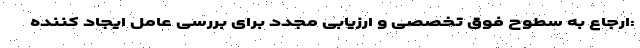
:ارجاع به سطوح فوق تخصصی و ارزیابی مجدد برای بررسی عامل ایجاد کننده